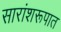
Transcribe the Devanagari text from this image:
सारांशरूपात